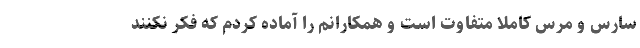
سارس و مرس کاملاً متفاوت است و همکارانم را آماده کردم که فکر نکنند